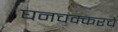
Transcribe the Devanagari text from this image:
घनचक्करचे